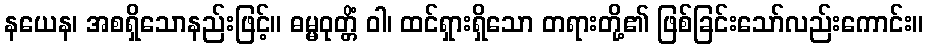
နယေန၊ အစရှိသောနည်းဖြင့်။ ဓမ္မဝုတ္တိံ ဝါ၊ ထင်ရှားရှိသော တရားတို့၏ ဖြစ်ခြင်းသော်လည်းကောင်း။